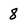
Character: 8